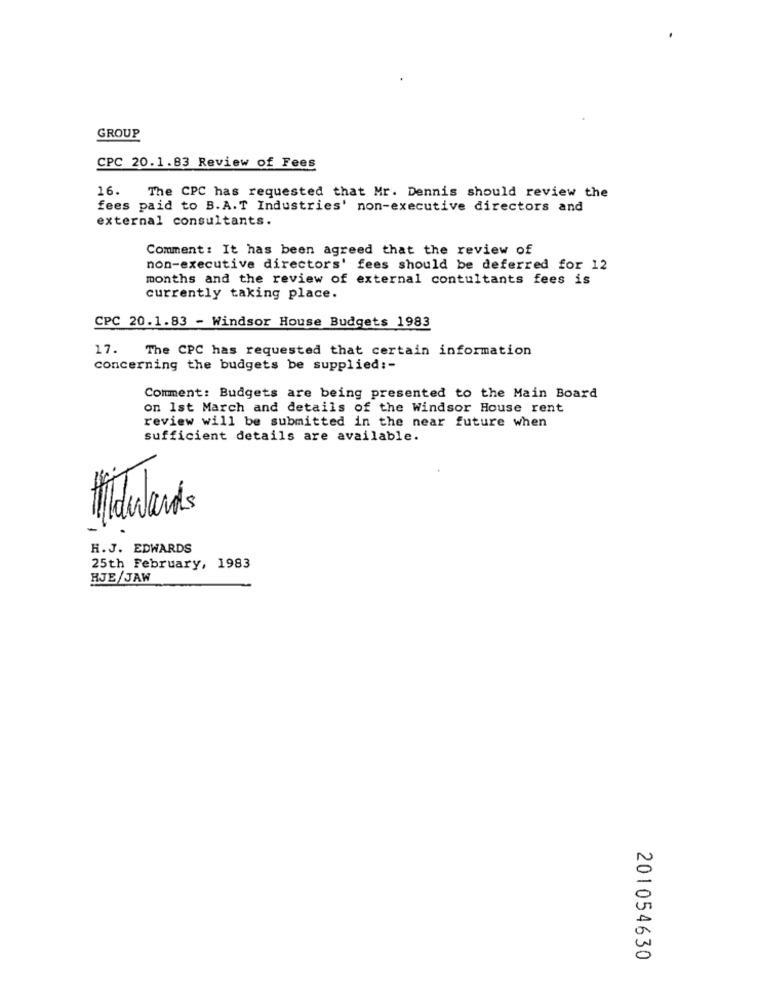
GROUP
CPC 20.1.83 Review of Fees
16. The CPC has requested that Mr. Dennis should review the
fees paid to B.A.T Industries' non-executive directors and
external consultants.
Comment: It has been agreed that the review of
non-executive directors' fees should be deferred for 12
months and the review of external contultants fees is
currently taking place.
CPC 20.1.83 - Windsor House Budgets 1983
17. The CPC has requested that certain information
concerning the budgets be supplied :-
Comment: Budgets are being presented to the Main Board
on 1st March and details of the Windsor House rent
review will be submitted in the near future when
sufficient details are available.
Matulands
H.J. EDWARDS
25th February, 1983
RJE/JAW
201054630